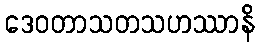
ဒေဝတာသတသဟဿာနိ